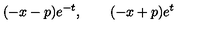
( - x - p ) e ^ { - t } , \qquad ( - x + p ) e ^ { t }